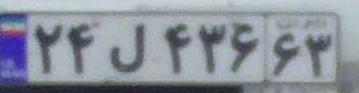
۲۴ل۴۳۶۶۳